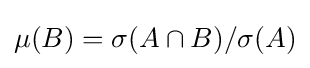
\mu (B)=\sigma (A\cap B)/\sigma (A)